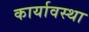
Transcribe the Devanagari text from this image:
कार्यावस्था